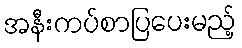
အနီးကပ်စာပြပေးမည့်